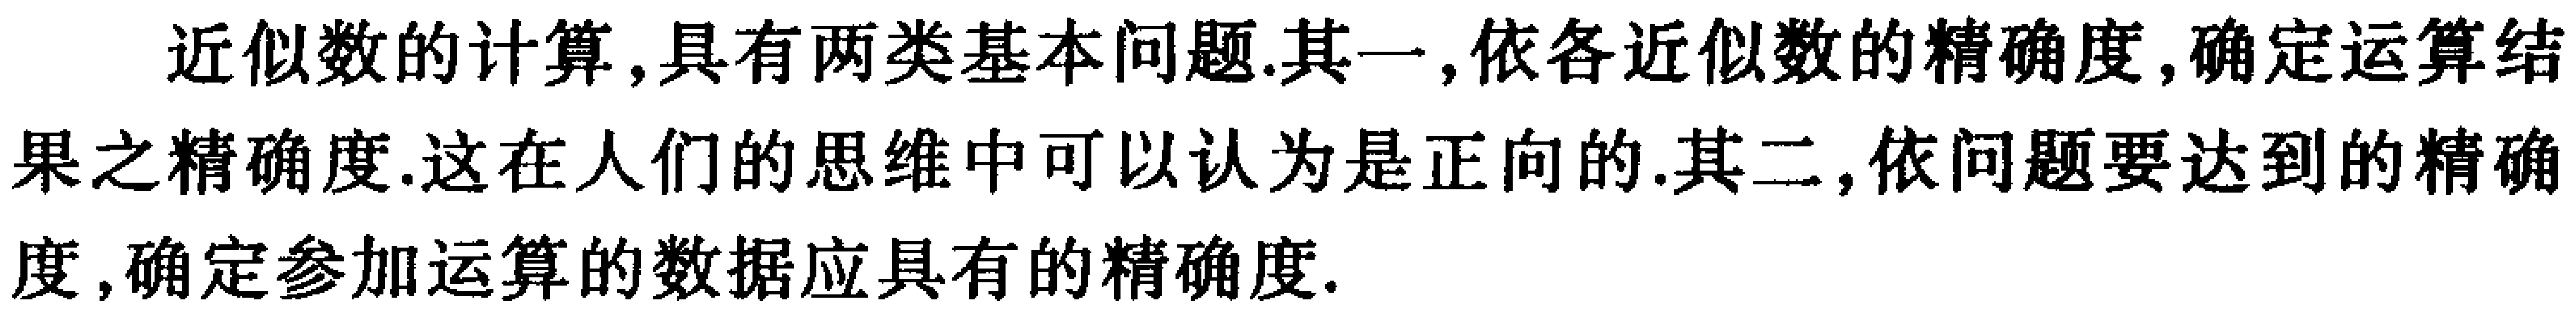
近似数的计算,具有两类基本问题.其一,依各近似数的精确度,确定运算结果之精确度.这在人们的思维中可以认为是正向的.其二,依问题要达到的精确度,确定参加运算的数据应具有的精确度.